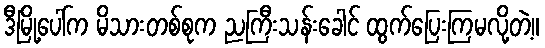
ဒီမြို့ပေါ်က မိသားတစ်စုက ညကြီးသန်းခေါင် ထွက်ပြေးကြမလို့တဲ့။